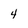
Character: 4